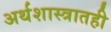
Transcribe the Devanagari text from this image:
अर्थशास्त्रातही